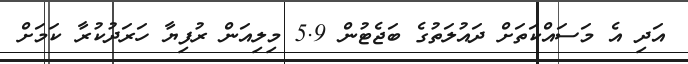
އަދި އެ މަސައްކަތަށް ދައުލަތުގެ ބަޖެޓުން 5.9 މިލިއަން ރުފިޔާ ހަރަދުކުރާ ކަމަށް